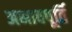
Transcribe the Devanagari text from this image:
अभावपूर्ति